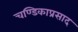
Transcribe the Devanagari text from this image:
चण्डिकाप्रसाद